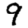
Digit: 9